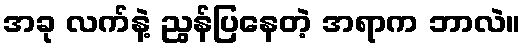
အခု လက်နဲ့ ညွန်ပြနေတဲ့ အရာက ဘာလဲ။